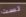
لست